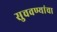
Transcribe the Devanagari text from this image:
सुचवण्यांचा